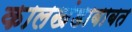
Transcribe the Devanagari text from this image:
कालखंडाबाबत